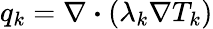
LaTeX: q_{k}=\nabla\boldsymbol{\cdot}\left(\lambda_{k}\nabla T_{k}\right)